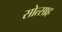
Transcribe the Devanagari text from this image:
सोत्साह